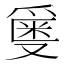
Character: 𬋯